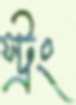
স্ট্রং